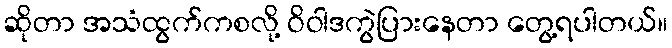
ဆိုတာ အသံထွက်ကစလို့ ဝိဝါဒကွဲပြားနေတာ တွေ့ရပါတယ်။